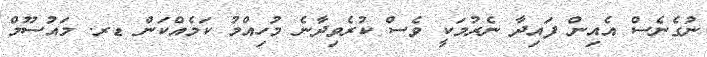
ނުގެނެސް އެއިން ފައިދާ ނެރުމަކީ ވެސް ކުރެވިދާނެ މުހިއްމު ކަމެއްކަން ޑރ. މައުސޫމް